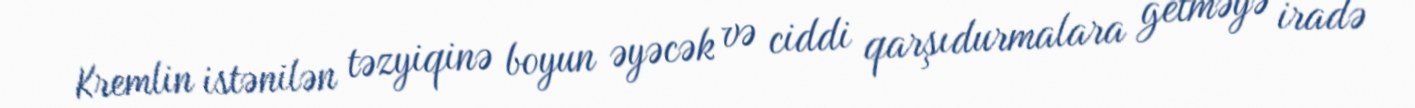
Kremlin istənilən təzyiqinə boyun əyəcək və ciddi qarşıdurmalara getməyə iradə